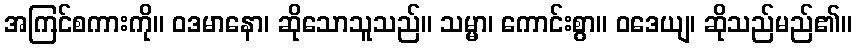
အကြင်စကားကို။ ဝဒမာနော၊ ဆိုသောသူသည်။ သမ္မာ၊ ကောင်းစွာ။ ဝဒေယျ၊ ဆိုသည်မည်၏။